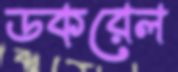
ডকরেল